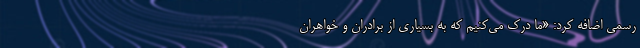
رسمی اضافه کرد: «ما درک می‌کنیم که به بسیاری از برادران و خواهران